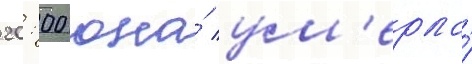
20: 00 она́ ум'ерла́